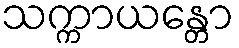
သက္ကာယန္တော